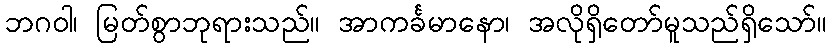
ဘဂဝါ၊ မြတ်စွာဘုရားသည်။ အာကင်္ခမာနော၊ အလိုရှိတော်မူသည်ရှိသော်။